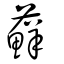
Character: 蘚